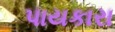
પાયકારા